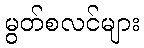
မွတ်စလင်များ